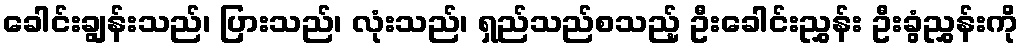
ခေါင်းချွန်းသည်၊ ပြားသည်၊ လုံးသည်၊ ရှည်သည်စသည့် ဦးခေါင်းညွှန်း ဦးခွံညွှန်းကို